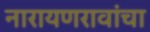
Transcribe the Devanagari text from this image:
नारायणरावांचा